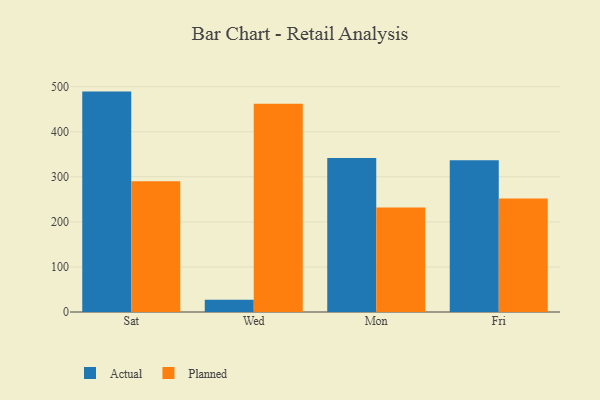
{"axis": {"x": "Day", "y": "Backlog"}, "legend": ["Actual", "Planned"], "data": [{"x": "Sat", "y": 489.1, "type": "Actual"}, {"x": "Sat", "y": 289.9, "type": "Planned"}, {"x": "Wed", "y": 27.4, "type": "Actual"}, {"x": "Wed", "y": 461.9, "type": "Planned"}, {"x": "Mon", "y": 341.9, "type": "Actual"}, {"x": "Mon", "y": 232.1, "type": "Planned"}, {"x": "Fri", "y": 336.5, "type": "Actual"}, {"x": "Fri", "y": 251.6, "type": "Planned"}]}